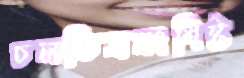
চলচ্চিত্রসংশিষ্ট